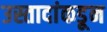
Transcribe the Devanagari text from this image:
उस्तादांकडून